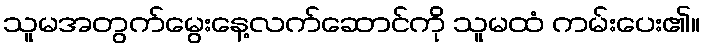
သူမအတွက်မွေးနေ့လက်ဆောင်ကို သူမထံ ကမ်းပေး၏။